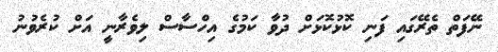
ނޭފަތް ތެރޭގައި ފަނި ކޮޅުކޮޅަށް ދުވާ ކަމުގެ އިހްސާސް ލިވެރާނީ އަށް ކުރެވުނު